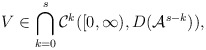
\begin{align*}V \in \bigcap_{k=0}^{s} \mathcal{C}^{k}([0, \infty), D(\mathcal{A}^{s-k})), \end{align*}